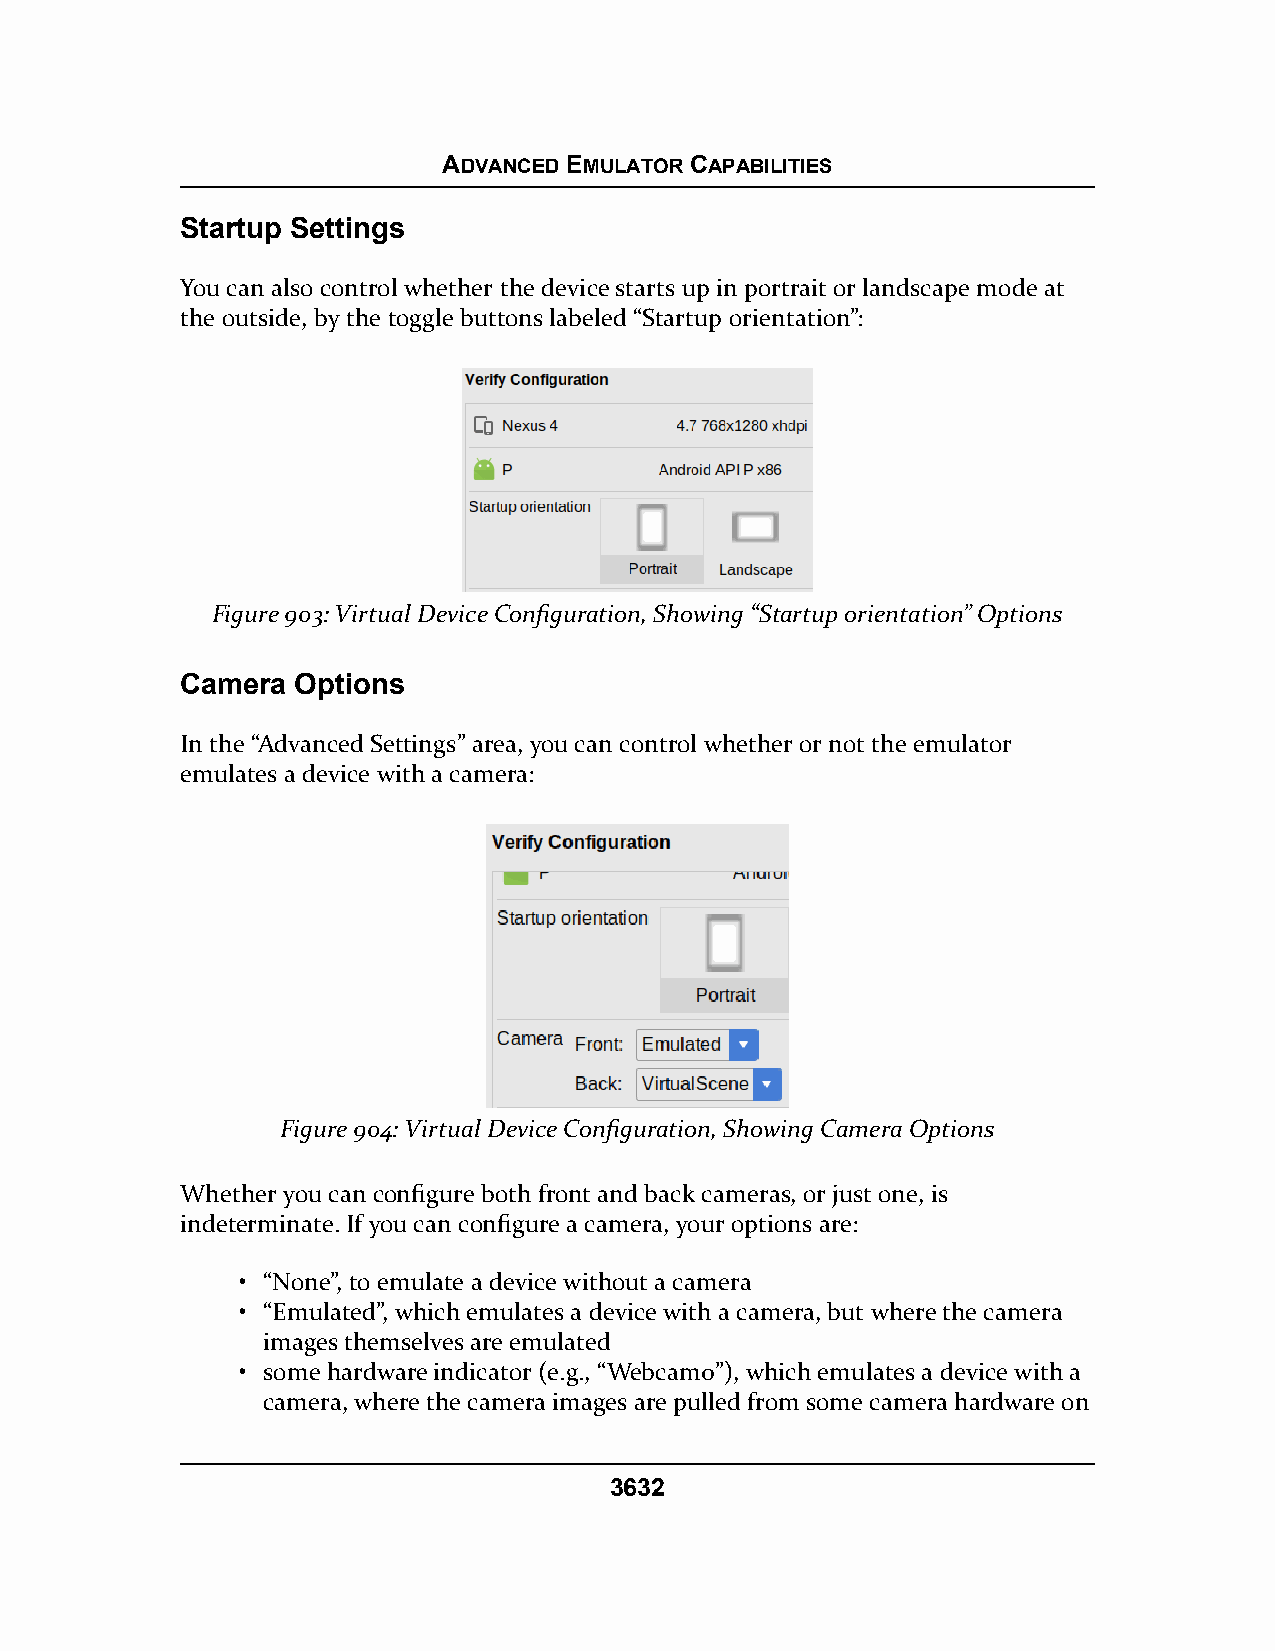
ADVANCED EMULATOR CAPABILITIES
 Startup Settings
 You can also control whether the device starts up in portrait or landscape mode at
 the outside, by the toggle buttons labeled “Startup orientation”:
 Figure 903: Virtual Device Configuration, Showing “Startup orientation” Options
 Camera  Options
 In the “Advanced Settings” area, you can control whether or not the emulator
 emulates a device with a camera:
 Figure 904: Virtual Device Configuration, Showing Camera Options
 Whether you can configure both front and back cameras, or just one, is
 indeterminate. If you can configure a camera, your options are:
 • “None”, to emulate a device without a camera
 • “Emulated”, which emulates a device with a camera, but where the camera
 images themselves are emulated
 • some hardware indicator (e.g., “Webcam0”), which emulates a device with a
 camera, where the camera images are pulled from some camera hardware on
 3632